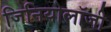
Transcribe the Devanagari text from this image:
जिनियोलॉजी